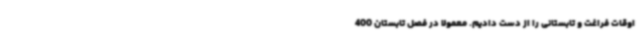
اوقات فراغت و تابستانی را از دست دادیم. معمولا در فصل تابستان 400